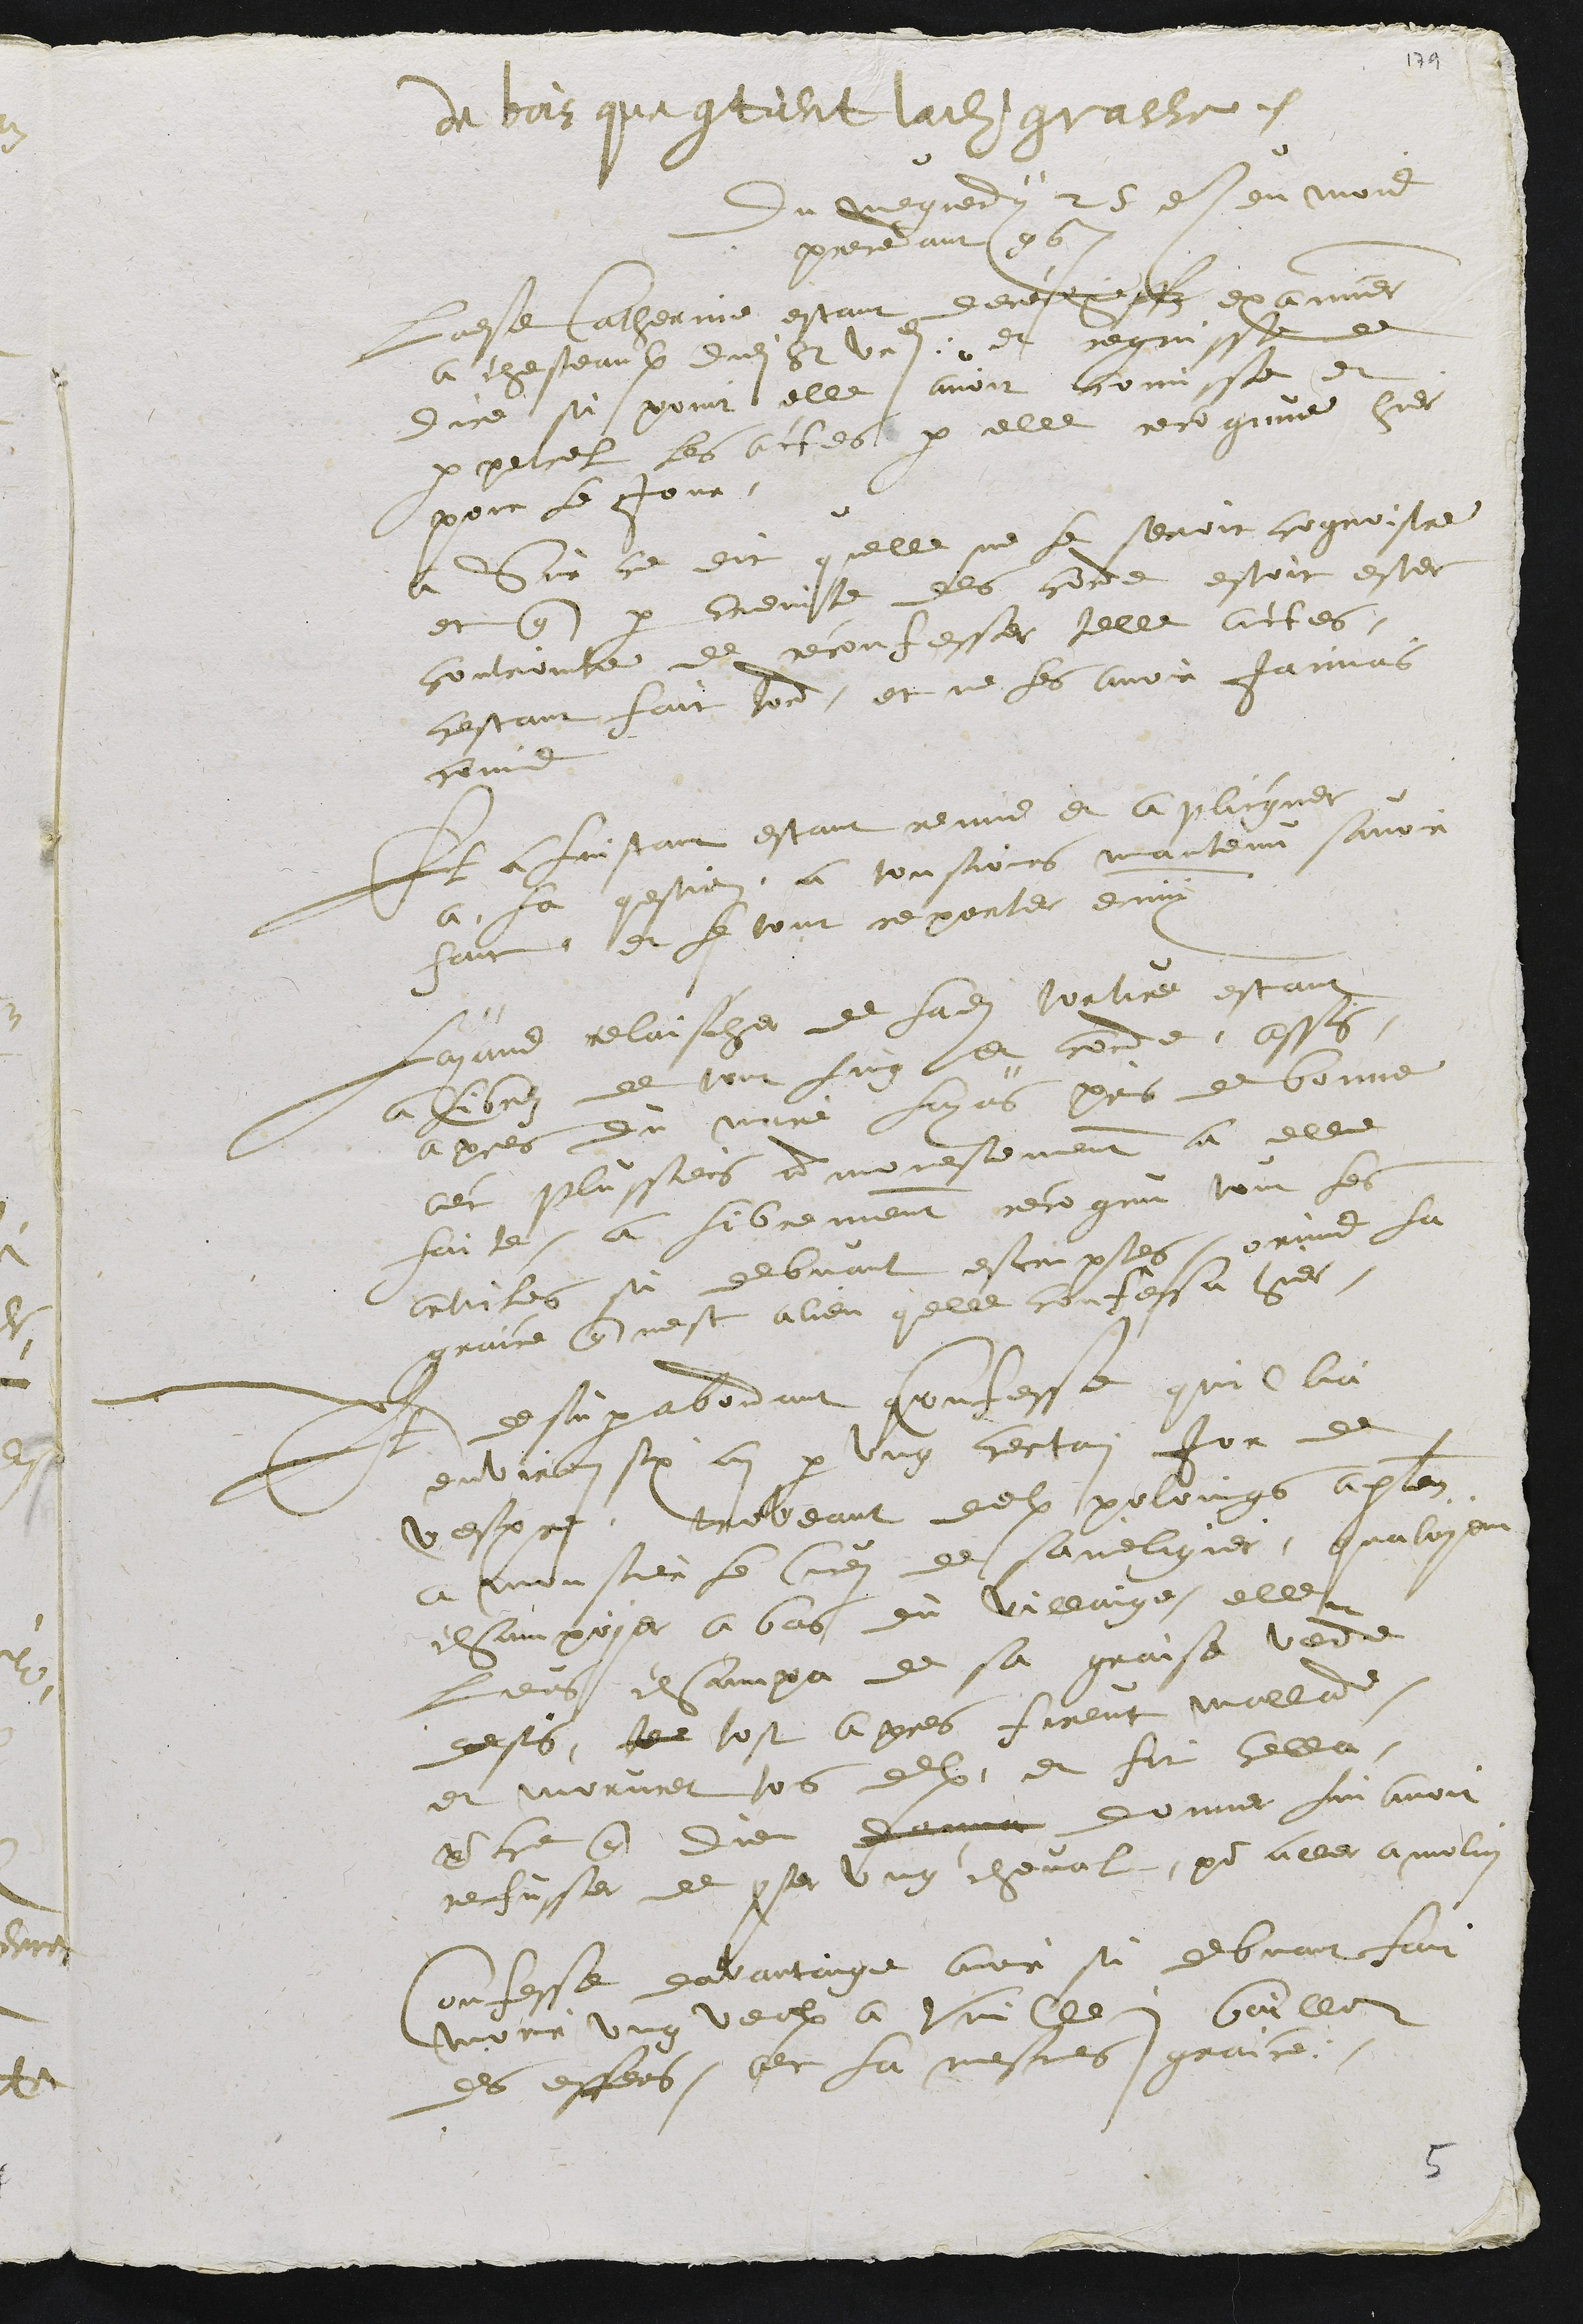
de bois que contient ladite grasse.
Du mergredy 25e au mois
precedant 96
Ladite Catherinne estant derechieffz examiner
a chasteaulx dudit St Ur: et requisse de
dire si point elle avoit comisse et
perpetrel les actes par elle recognue hier
pour le jour.
A Sur ce dit quelle ne le seroit cognoistre
et que par creinte des corde estoit ester
controinte de reconfesser telle actes,
cestant fait tord, et ne les avoir jaimais
comis
Et a linstant estant remis et aplicquer
a la question, a tousjours maintenu savoir
fait, et le tout reporter emmy
Layand relaischer de ladite torture estant
a librez de tout lieng et corde, assis
apres du nomé layans pres de bonne
avec plussieurs admonestement a elle
faite, a librement recognu tout les
articles si debvant escriptes, ormis la
graice que nest a lieu quelle confessa hier.
Et de superabondant Confesse quillia
environ six an par ung certain jor de
vespre, troveant deulx poloings apartenant
a monsieur le Curei de saineligier, qualoyent
champoyer a bas du villaige, elle
leur champa de sa graise verde
desus le tost apres furent mallade
et morurent tous deulx, et fit cella
parce que Dieu donna donner lui avoit
refusser de prester ung cheval, pour aller a molin
Confesse davantaige avoir si debvant fait
morir ung veaulx a Vuillemin baillot
des enffers, avec la mesmes graice.

5